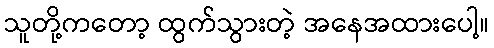
သူတို့ကတော့ ထွက်သွားတဲ့ အနေအထားပေါ့။